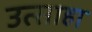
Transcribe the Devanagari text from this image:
उत्साहा